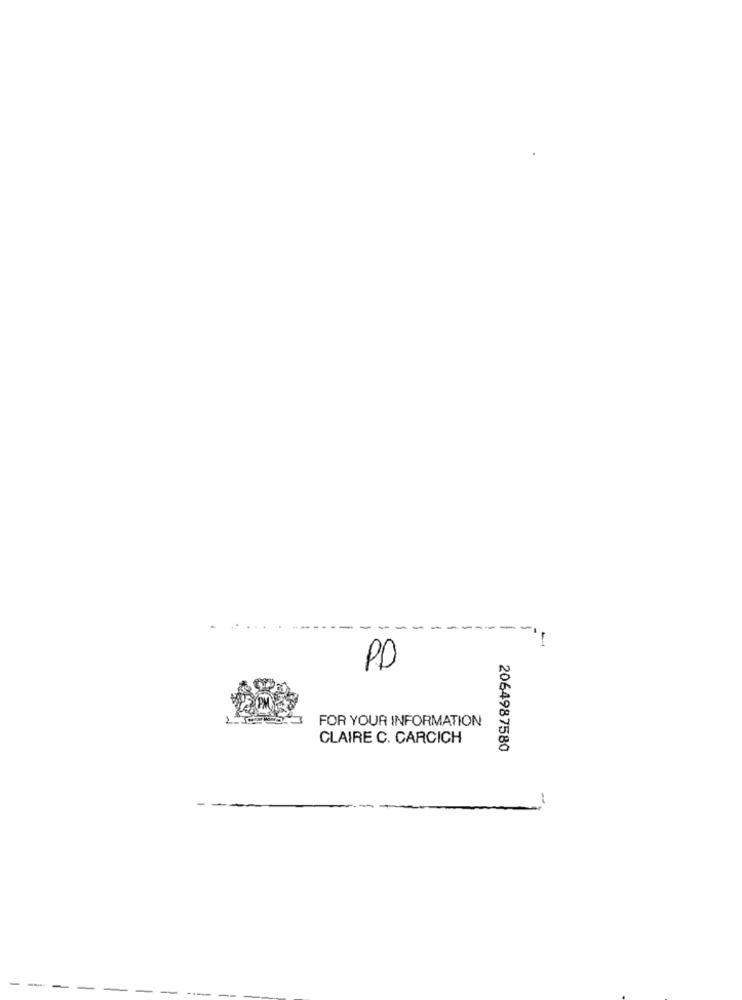
PD
FOR YOUR INFORMATION
CLAIRE C. CARCICH
2064987580